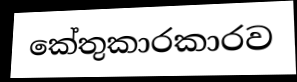
කේතුකාරකාරව